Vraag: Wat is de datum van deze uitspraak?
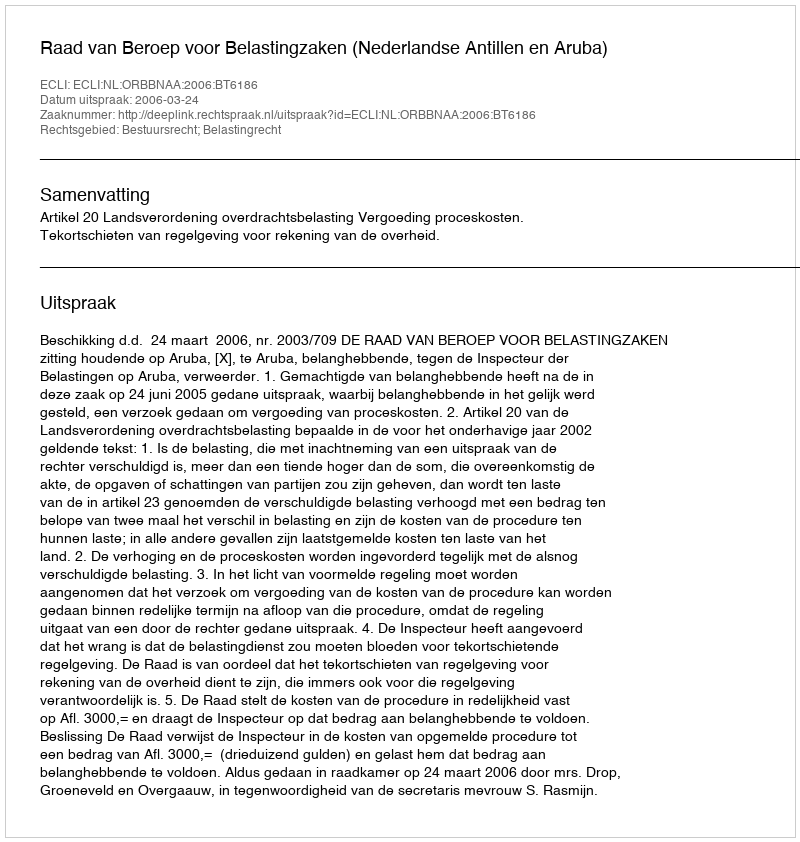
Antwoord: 2006-03-24